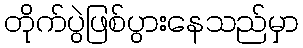
တိုက်ပွဲဖြစ်ပွားနေသည်မှာ